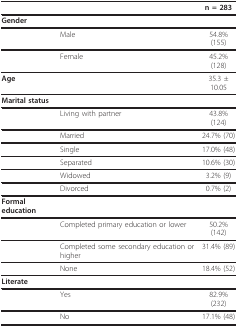
<table><thead><tr><td></td><td></td><td><b>n = 283</b></td></tr></thead><tbody><tr><td><b>Gender</b></td><td></td><td></td></tr><tr><td></td><td>Male</td><td>54.8% (155)</td></tr><tr><td></td><td>Female</td><td>45.2% (128)</td></tr><tr><td><b>Age</b></td><td></td><td>35.3 ± 10.05</td></tr><tr><td><b>Marital status</b></td><td></td><td></td></tr><tr><td></td><td>Living with partner</td><td>43.8% (124)</td></tr><tr><td></td><td>Married</td><td>24.7% (70)</td></tr><tr><td></td><td>Single</td><td>17.0% (48)</td></tr><tr><td></td><td>Separated</td><td>10.6% (30)</td></tr><tr><td></td><td>Widowed</td><td>3.2% (9)</td></tr><tr><td></td><td>Divorced</td><td>0.7% (2)</td></tr><tr><td><b>Formal education</b></td><td></td><td></td></tr><tr><td></td><td>Completed primary education or lower</td><td>50.2% (142)</td></tr><tr><td></td><td>Completed some secondary education or higher</td><td>31.4% (89)</td></tr><tr><td></td><td>None</td><td>18.4% (52)</td></tr><tr><td><b>Literate</b></td><td></td><td></td></tr><tr><td></td><td>Yes</td><td>82.9% (232)</td></tr><tr><td></td><td>No</td><td>17.1% (48)</td></tr></tbody></table>